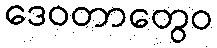
ဒေဝတာတွေဝ